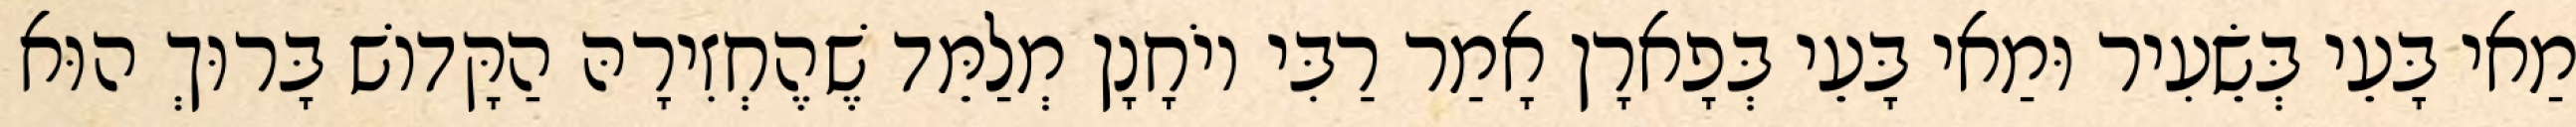
מַאי בָּעֵי בְּשֵׂעִיר וּמַאי בָּעֵי בְּפָארָן אָמַר רַבִּי יוֹחָנָן מְלַמֵּד שֶׁהֶחְזִירָהּ הַקָּדוֹשׁ בָּרוּךְ הוּא